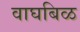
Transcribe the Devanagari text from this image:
वाघबिळ